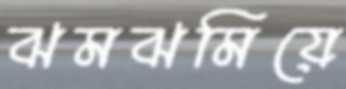
ঝমঝমিয়ে